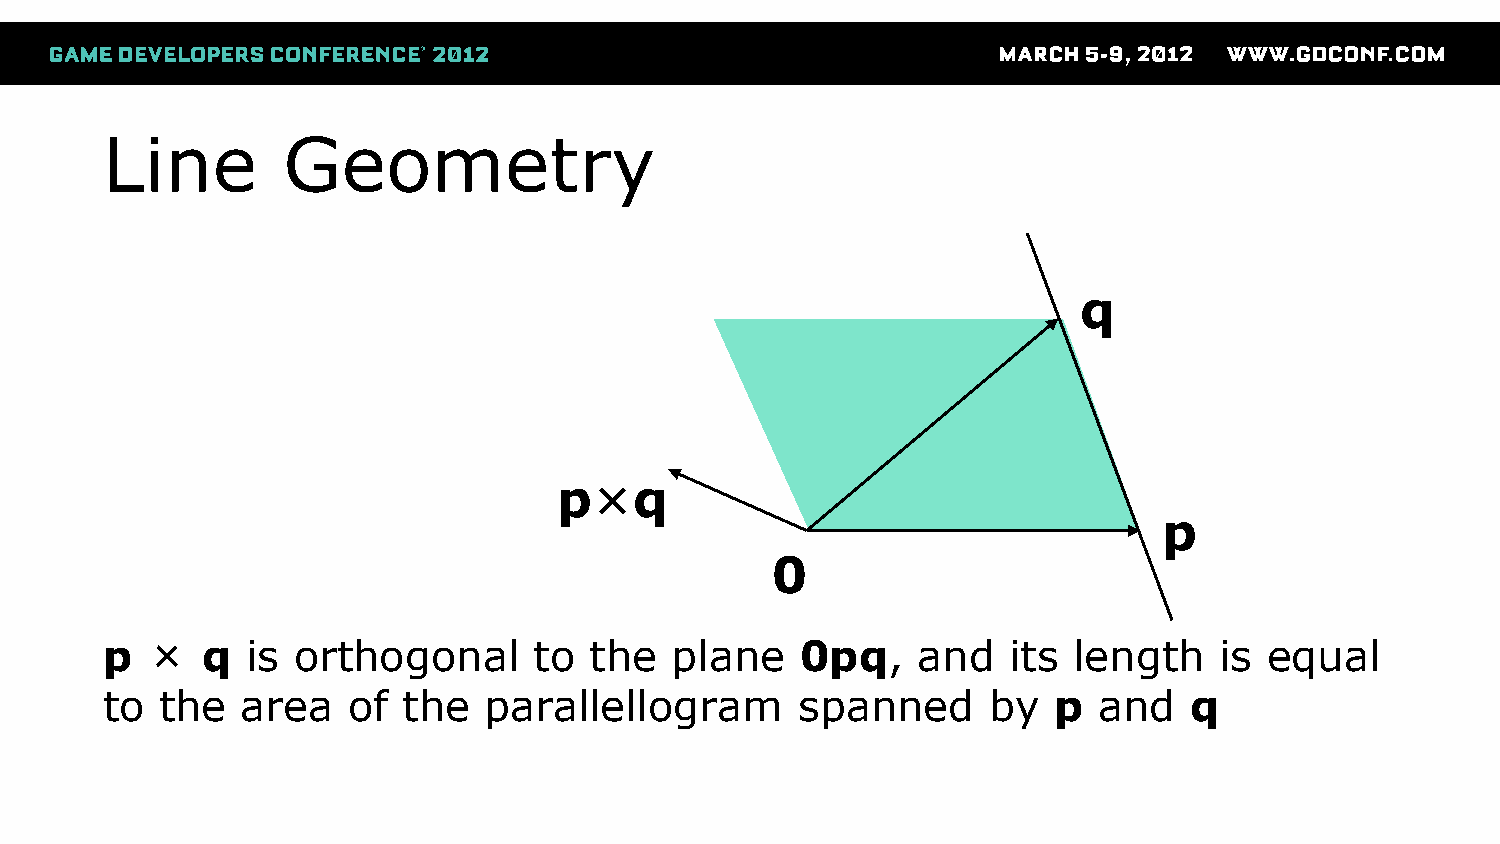
Line        Geometry
 q
 p×q
 p
 0
 p  ×  q  is orthogonal      to  the  plane    0pq,    and   its length    is equal
 to  the  area   of  the  parallellogram       spanned     by   p  and   q